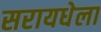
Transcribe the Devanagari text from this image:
सरायधेला